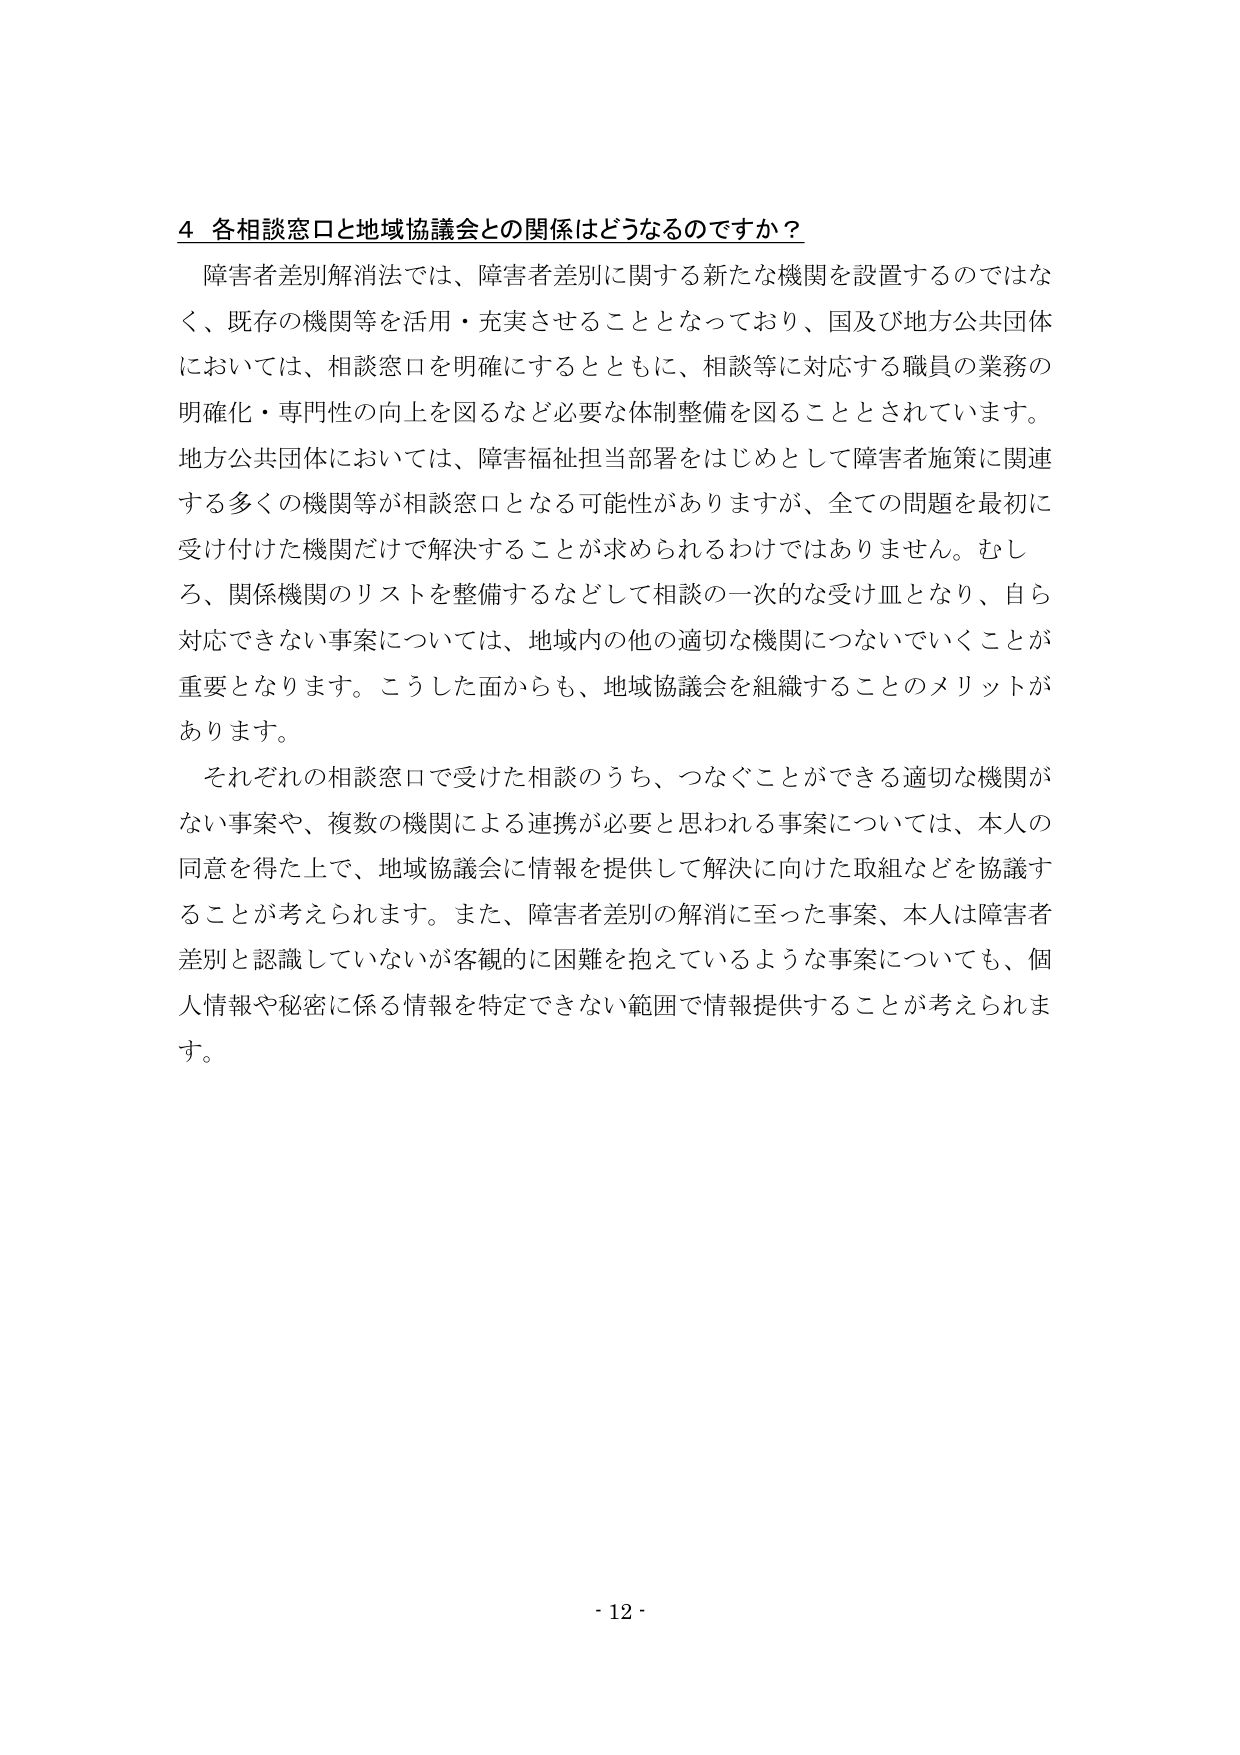
4 各相談窓口と地域協議会との関係はどうなるのですか？

障害者差別解消法では、障害者差別に関する新たな機関を設置するのではなく、既存の機関等を活用・充実させることとなっており、国及び地方公共団体においては、相談窓口を明確にするとともに、相談等に対応する職員の業務の明確化・専門性の向上を図るなど必要な体制整備を図ることとされています。地方公共団体においては、障害福祉担当部署をはじめとして障害者施策に関連する多くの機関等が相談窓口となる可能性がありますが、全ての問題を最初に受け付けた機関だけで解決することが求められるわけではありません。むしろ、関係機関のリストを整備するなどして相談の一次的な受け皿となり、自ら対応できない事案については、地域内の他の適切な機関につないでいくことが重要となります。こうした面からも、地域協議会を組織することのメリットがあります。

それぞれの相談窓口で受けた相談のうち、つなぐことができる適切な機関がない事案や、複数の機関による連携が必要と思われる事案については、本人の同意を得た上で、地域協議会に情報を提供して解決に向けた取組などを協議することが考えられます。また、障害者差別の解消に至った事案、本人は障害者差別と認識していないが客観的に困難を抱えているような事案についても、個人情報や秘密に係る情報を特定できない範囲で情報提供することが考えられます。

- 12 -